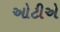
ઓટીએ